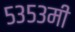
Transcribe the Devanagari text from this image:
५३५३मी